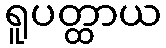
ရူပတ္ထာယ